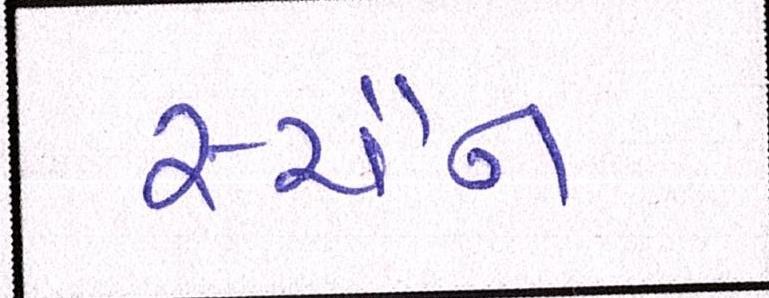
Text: સ્ચૈન